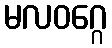
မလဝဂ္ဂေ